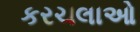
કરચલાઓ